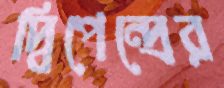
দ্বিপেন্দ্রের